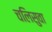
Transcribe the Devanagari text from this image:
चलिसुवा